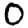
Digit: 0